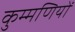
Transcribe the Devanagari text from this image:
कुम्मणियों